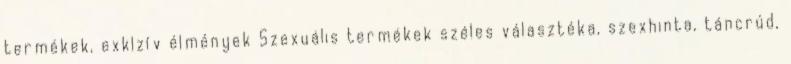
termékek, exklzív élmények Szexuális termékek széles választéka, szexhinta, táncrúd,